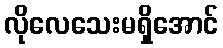
လိုလေသေးမရှိအောင်